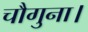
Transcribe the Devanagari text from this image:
चौगुना।